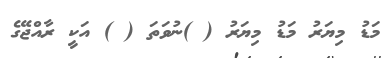
މަޑު މިޔަރު މަޑު މިޔަރު ( )ނުވަތަ ( ) އަކީ ރާއްޖޭގެ